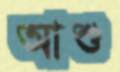
আশু